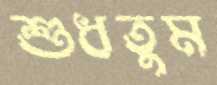
শুধতুম